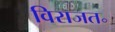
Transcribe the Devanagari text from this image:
विराजत॰